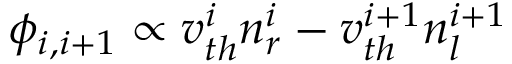
\phi _ { i , i + 1 } \propto v _ { t h } ^ { i } n _ { r } ^ { i } - v _ { t h } ^ { i + 1 } n _ { l } ^ { i + 1 }